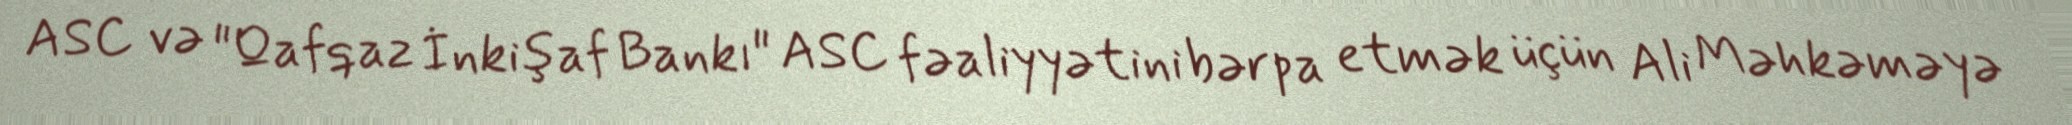
ASC və "Qafqaz İnkişaf Bankı" ASC fəaliyyətini bərpa etmək üçün Ali Məhkəməyə